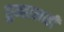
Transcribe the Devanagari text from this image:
तुम्हालाही